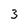
Character: 3